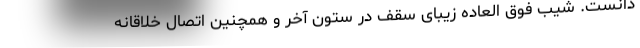
دانست. شیب فوق العاده زیبای سقف در ستون آخر و همچنین اتصال خلاقانه